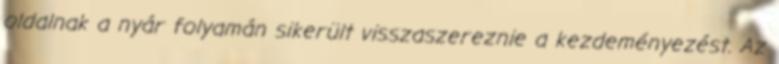
oldalnak a nyár folyamán sikerült visszaszereznie a kezdeményezést. Az